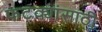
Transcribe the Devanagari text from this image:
फटक्यांसाठी